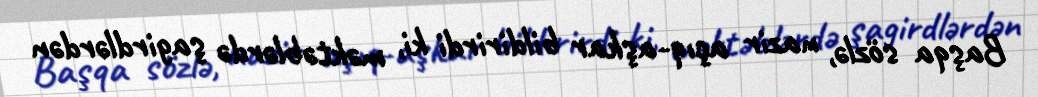
Başqa sözlə, nazir açıq-aşkar bildirirdi ki, məktəblərdə şagirdlərdən